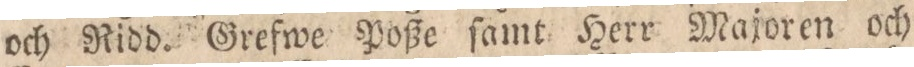
och Ridd. Grefwe Poße ſamt Herr Majoren och